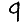
Digit: 9